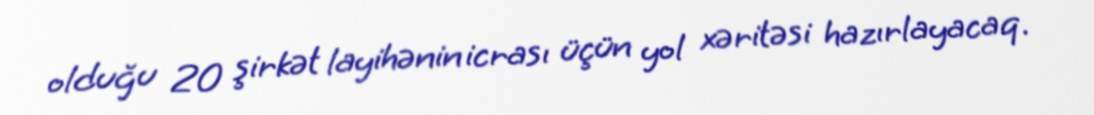
olduğu 20 şirkət layihənin icrası üçün yol xəritəsi hazırlayacaq.